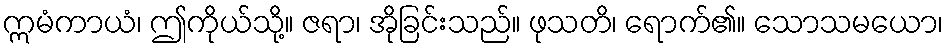
ဣမံကာယံ၊ ဤကိုယ်သို့။ ဇရာ၊ အိုခြင်းသည်။ ဖုသတိ၊ ရောက်၏။ သောသမယော၊